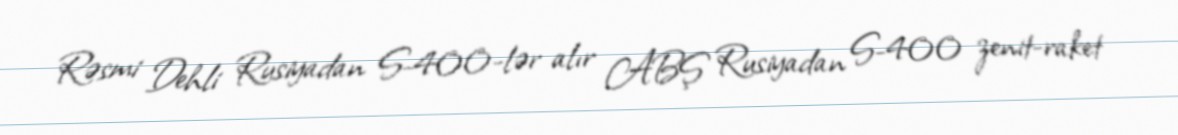
Rəsmi Dehli Rusiyadan S-400-lər alır ABŞ Rusiyadan S-400 zenit-raket